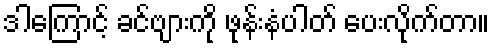
ဒါကြောင့် ခင်ဗျားကို ဖုန်းနံပါတ် ပေးလိုက်တာ။